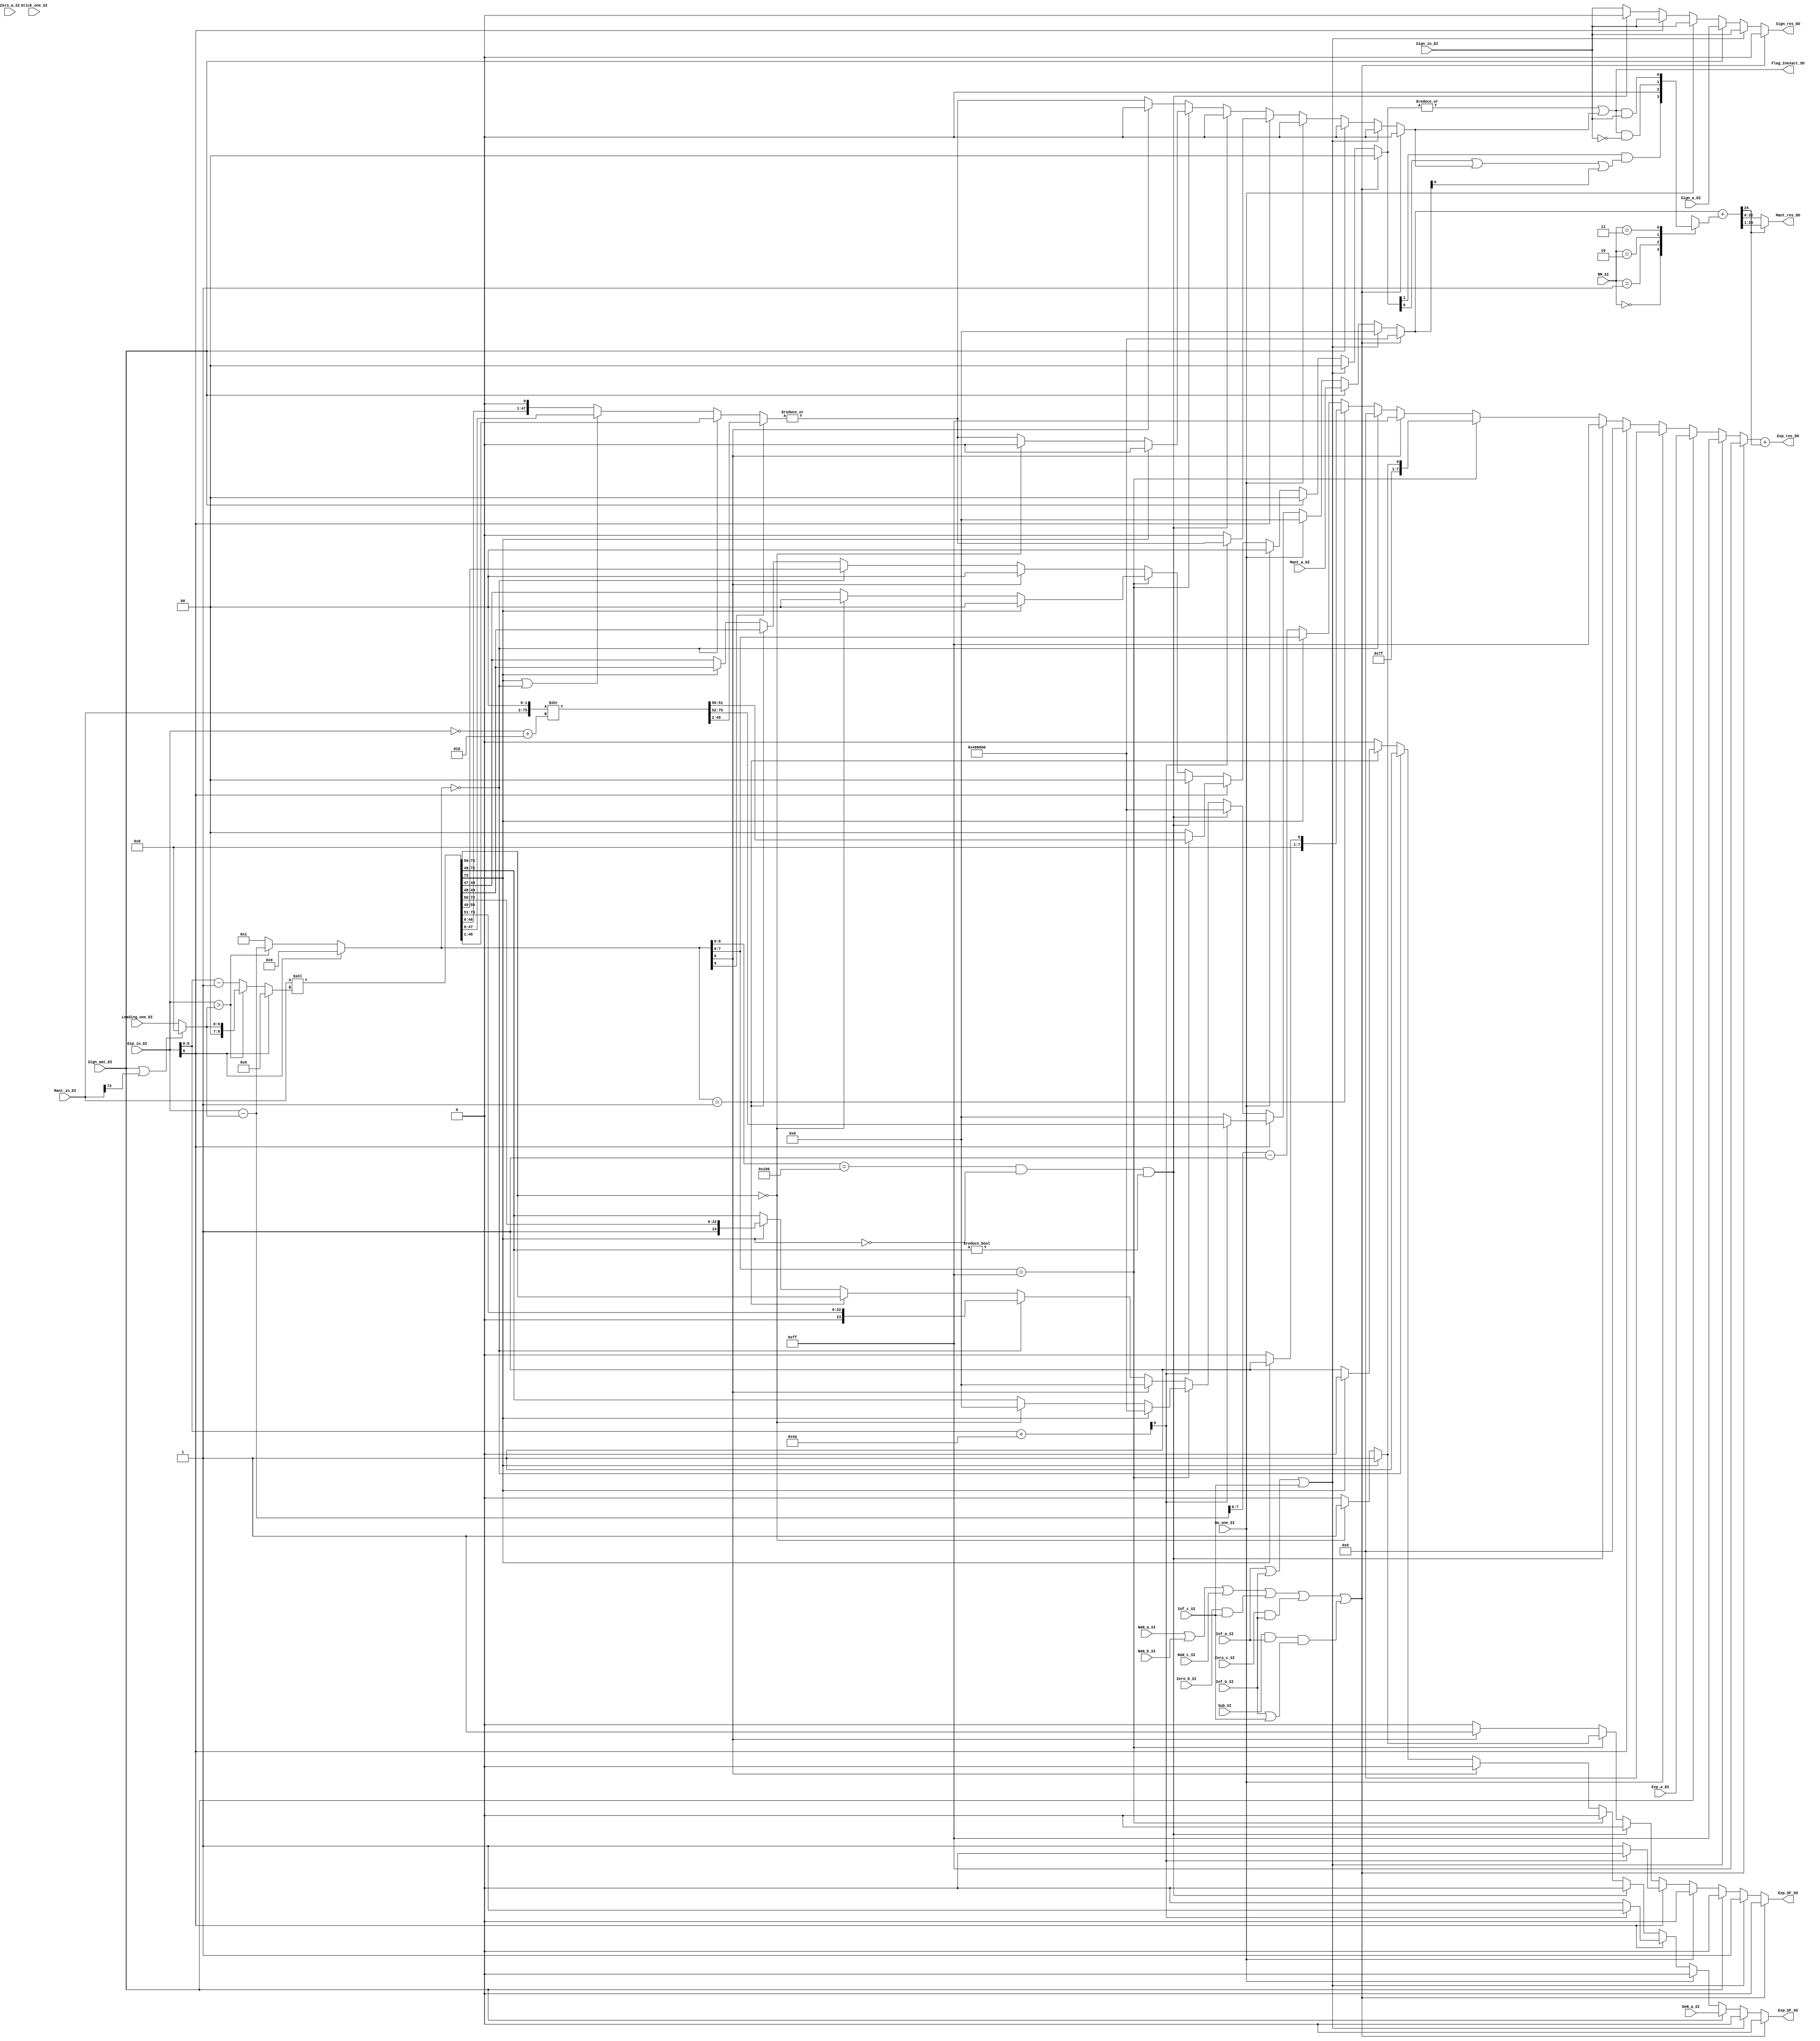
module fpu_norm_fmac (
	Mant_in_DI,
	Exp_in_DI,
	Sign_in_DI,
	Leading_one_DI,
	No_one_SI,
	Sign_amt_DI,
	Sub_SI,
	Exp_a_DI,
	Mant_a_DI,
	Sign_a_DI,
	DeN_a_SI,
	RM_SI,
	Stick_one_SI,
	Inf_a_SI,
	Inf_b_SI,
	Inf_c_SI,
	Zero_a_SI,
	Zero_b_SI,
	Zero_c_SI,
	NaN_a_SI,
	NaN_b_SI,
	NaN_c_SI,
	Mant_res_DO,
	Exp_res_DO,
	Sign_res_DO,
	Exp_OF_SO,
	Exp_UF_SO,
	Flag_Inexact_SO
);
parameter C_RM            = 2;
parameter C_RM_NEAREST    = 2'h0;
parameter C_RM_TRUNC      = 2'h1;
parameter C_RM_PLUSINF    = 2'h2;
parameter C_RM_MINUSINF   = 2'h3;
parameter C_PC            = 5;
parameter C_OP            = 32;
parameter C_MANT          = 23;
parameter C_EXP           = 8;
parameter C_BIAS          = 127;
parameter C_HALF_BIAS     = 63;
parameter C_LEADONE_WIDTH = 7;
parameter C_MANT_PRENORM  = C_MANT+1;
parameter C_EXP_ZERO      = 8'h00;
parameter C_EXP_ONE       = 8'h01;
parameter C_EXP_INF       = 8'hff;
parameter C_MANT_ZERO     = 23'h0;
parameter C_MANT_NAN      = 23'h400000;
	input wire [(3 * C_MANT) + 4:0] Mant_in_DI;
	input wire signed [C_EXP + 1:0] Exp_in_DI;
	input wire Sign_in_DI;
	input wire [C_LEADONE_WIDTH - 1:0] Leading_one_DI;
	input wire No_one_SI;
	input wire Sign_amt_DI;
	input wire Sub_SI;
	input wire [C_EXP - 1:0] Exp_a_DI;
	input wire [C_MANT:0] Mant_a_DI;
	input wire Sign_a_DI;
	input wire DeN_a_SI;
	input wire [C_RM - 1:0] RM_SI;
	input wire Stick_one_SI;
	input wire Inf_a_SI;
	input wire Inf_b_SI;
	input wire Inf_c_SI;
	input wire Zero_a_SI;
	input wire Zero_b_SI;
	input wire Zero_c_SI;
	input wire NaN_a_SI;
	input wire NaN_b_SI;
	input wire NaN_c_SI;
	output wire [C_MANT - 1:0] Mant_res_DO;
	output wire [C_EXP - 1:0] Exp_res_DO;
	output reg Sign_res_DO;
	output reg Exp_OF_SO;
	output reg Exp_UF_SO;
	output wire Flag_Inexact_SO;
	reg [C_MANT:0] Mant_res_norm_D;
	reg [C_EXP - 1:0] Exp_res_norm_D;
	reg [1:0] Mant_lower_D;
	wire Stick_one_HD;
	wire [(3 * C_MANT) + 4:0] Mant_postsft_D;
	wire [C_EXP + 1:0] Exp_postsft_D;
	wire [C_EXP + 1:0] Exp_postsft_addone_D;
	wire [C_LEADONE_WIDTH - 1:0] Leading_one_D;
	wire [C_EXP:0] LSt_Mant_D;
	assign Leading_one_D = (Sign_amt_DI | Mant_in_DI[(3 * C_MANT) + 4] ? 0 : Leading_one_DI);
	wire Exp_lg_S;
	assign Exp_lg_S = Exp_in_DI > Leading_one_D;
	assign LSt_Mant_D = (Exp_in_DI[C_EXP + 1] ? 0 : (Exp_lg_S ? Leading_one_D : Exp_in_DI[C_EXP:0] - 1));
	assign Mant_postsft_D = Mant_in_DI << LSt_Mant_D;
	assign Exp_postsft_D = (Exp_in_DI[C_EXP + 1] ? 0 : (Exp_lg_S ? Exp_in_DI - Leading_one_D : 1));
	assign Exp_postsft_addone_D = (Exp_in_DI - Leading_one_D) - 1;
	wire [C_EXP + 1:0] Exp_Max_RS_D;
	assign Exp_Max_RS_D = Exp_in_DI[C_EXP:0] + 74;
	wire [C_EXP + 1:0] Num_RS_D;
	assign Num_RS_D = ~Exp_in_DI + 2;
	wire [(3 * C_MANT) + 6:0] Mant_RS_D;
	assign Mant_RS_D = {Mant_in_DI, 1'b0, 1'b0} >> Num_RS_D;
	wire [(2 * C_MANT) + 1:0] Mant_StickCh_D;
	assign Mant_StickCh_D = (Exp_postsft_D[C_EXP + 1] ? Mant_RS_D[(2 * C_MANT) + 3:2] : (Exp_postsft_D[C_EXP + 1:0] == {((C_EXP + 1) >= 0 ? C_EXP + 2 : 1 - (C_EXP + 1)) {1'sb0}} ? Mant_postsft_D[(2 * C_MANT) + 2:1] : (Mant_postsft_D[(3 * C_MANT) + 4] | (Exp_postsft_D == 0) ? Mant_postsft_D[(2 * C_MANT) + 1:0] : {Mant_postsft_D[2 * C_MANT:0], 1'b0})));
	assign Stick_one_HD = |Mant_StickCh_D;
	wire Stick_one_D;
	assign Stick_one_D = Stick_one_HD;
	reg Mant_sticky_D;
	always @(*)
		if (((((NaN_a_SI | NaN_b_SI) | NaN_c_SI) | (Zero_b_SI && Inf_c_SI)) | (Zero_c_SI && Inf_b_SI)) | ((Sub_SI && Inf_a_SI) && (Inf_b_SI | Inf_c_SI))) begin
			Exp_OF_SO = 1'b0;
			Exp_UF_SO = 1'b0;
			Mant_res_norm_D = {1'b0, C_MANT_NAN};
			Exp_res_norm_D = 1'sb1;
			Mant_lower_D = 2'b00;
			Sign_res_DO = 1'b0;
			Mant_sticky_D = 1'b0;
		end
		else if ((Inf_a_SI | Inf_b_SI) | Inf_c_SI) begin
			Exp_OF_SO = 1'b1;
			Exp_UF_SO = 1'b0;
			Mant_res_norm_D = 1'sb0;
			Exp_res_norm_D = 1'sb1;
			Mant_lower_D = 2'b00;
			Sign_res_DO = Sign_in_DI;
			Mant_sticky_D = 1'b0;
		end
		else if (Sign_amt_DI) begin
			Exp_OF_SO = 1'b0;
			Exp_UF_SO = DeN_a_SI;
			Mant_res_norm_D = Mant_a_DI;
			Exp_res_norm_D = Exp_a_DI;
			Mant_lower_D = 2'b00;
			Sign_res_DO = Sign_a_DI;
			Mant_sticky_D = 1'b0;
		end
		else if (No_one_SI) begin
			Exp_OF_SO = 1'b0;
			Exp_UF_SO = 1'b0;
			Mant_res_norm_D = 1'sb0;
			Exp_res_norm_D = 1'sb0;
			Mant_lower_D = 2'b00;
			Sign_res_DO = Sign_in_DI;
			Mant_sticky_D = 1'b0;
		end
		else if (Exp_in_DI[C_EXP + 1]) begin
			if (~Exp_Max_RS_D[C_EXP + 1]) begin
				Exp_OF_SO = 1'b1;
				Exp_UF_SO = 1'b0;
				Mant_res_norm_D = 1'sb0;
				Exp_res_norm_D = 1'sb0;
				Mant_lower_D = 2'b00;
				Sign_res_DO = Sign_in_DI;
				Mant_sticky_D = 1'b0;
			end
			else begin
				Exp_OF_SO = 1'b0;
				Exp_UF_SO = 1'b1;
				Mant_res_norm_D = {1'b0, Mant_RS_D[(3 * C_MANT) + 6:(2 * C_MANT) + 6]};
				Exp_res_norm_D = 1'sb0;
				Mant_lower_D = Mant_RS_D[(2 * C_MANT) + 5:(2 * C_MANT) + 4];
				Sign_res_DO = Sign_in_DI;
				Mant_sticky_D = Stick_one_D;
			end
		end
		else if (((Exp_postsft_D[C_EXP:0] == 256) && ~Mant_postsft_D[(3 * C_MANT) + 4]) && (Mant_postsft_D[(3 * C_MANT) + 3:(2 * C_MANT) + 3] != {(((3 * C_MANT) + 3) >= ((2 * C_MANT) + 3) ? (((3 * C_MANT) + 3) - ((2 * C_MANT) + 3)) + 1 : (((2 * C_MANT) + 3) - ((3 * C_MANT) + 3)) + 1) {1'sb0}})) begin
			Exp_OF_SO = 1'b0;
			Exp_UF_SO = 1'b0;
			Mant_res_norm_D = {1'b0, C_MANT_NAN};
			Exp_res_norm_D = 1'sb1;
			Mant_lower_D = 2'b00;
			Sign_res_DO = 1'b0;
			Mant_sticky_D = 1'b0;
		end
		else if (Exp_postsft_D[C_EXP - 1:0] == {C_EXP {1'sb1}}) begin
			if (Mant_postsft_D[(3 * C_MANT) + 4]) begin
				Exp_OF_SO = 1'b1;
				Exp_UF_SO = 1'b0;
				Mant_res_norm_D = {1'b0, C_MANT_NAN};
				Exp_res_norm_D = 1'sb1;
				Mant_lower_D = 2'b00;
				Sign_res_DO = Sign_in_DI;
				Mant_sticky_D = 1'b0;
			end
			else if (Mant_postsft_D[(3 * C_MANT) + 4:(2 * C_MANT) + 4] == {(((3 * C_MANT) + 4) >= ((2 * C_MANT) + 4) ? (((3 * C_MANT) + 4) - ((2 * C_MANT) + 4)) + 1 : (((2 * C_MANT) + 4) - ((3 * C_MANT) + 4)) + 1) {1'sb0}}) begin
				Exp_OF_SO = 1'b1;
				Exp_UF_SO = 1'b0;
				Mant_res_norm_D = 1'sb0;
				Exp_res_norm_D = 1'sb1;
				Mant_lower_D = 2'b00;
				Sign_res_DO = Sign_in_DI;
				Mant_sticky_D = 1'b0;
			end
			else begin
				Exp_OF_SO = 1'b0;
				Exp_UF_SO = 1'b0;
				Mant_res_norm_D = Mant_postsft_D[(3 * C_MANT) + 3:(2 * C_MANT) + 3];
				Exp_res_norm_D = 254;
				Mant_lower_D = Mant_postsft_D[(2 * C_MANT) + 2:(2 * C_MANT) + 1];
				Sign_res_DO = Sign_in_DI;
				Mant_sticky_D = Stick_one_D;
			end
		end
		else if (Exp_postsft_D[C_EXP]) begin
			Exp_OF_SO = 1'b1;
			Exp_UF_SO = 1'b0;
			Mant_res_norm_D = 1'sb0;
			Exp_res_norm_D = 1'sb1;
			Mant_lower_D = 2'b00;
			Sign_res_DO = Sign_in_DI;
			Mant_sticky_D = 1'b0;
		end
		else if (Exp_postsft_D[C_EXP + 1:0] == {((C_EXP + 1) >= 0 ? C_EXP + 2 : 1 - (C_EXP + 1)) {1'sb0}}) begin
			Exp_OF_SO = 1'b0;
			Exp_UF_SO = 1'b1;
			Mant_res_norm_D = {1'b0, Mant_postsft_D[(3 * C_MANT) + 4:(2 * C_MANT) + 5]};
			Exp_res_norm_D = 1'sb0;
			Mant_lower_D = Mant_postsft_D[(2 * C_MANT) + 4:(2 * C_MANT) + 3];
			Sign_res_DO = Sign_in_DI;
			Mant_sticky_D = Stick_one_D;
		end
		else if (Exp_postsft_D[C_EXP + 1:0] == 1) begin
			if (Mant_postsft_D[(3 * C_MANT) + 4]) begin
				Exp_OF_SO = 1'b0;
				Exp_UF_SO = 1'b0;
				Mant_res_norm_D = {Mant_postsft_D[(3 * C_MANT) + 4:(2 * C_MANT) + 4]};
				Exp_res_norm_D = 1;
				Mant_lower_D = Mant_postsft_D[(2 * C_MANT) + 3:(2 * C_MANT) + 2];
				Sign_res_DO = Sign_in_DI;
				Mant_sticky_D = Stick_one_D;
			end
			else begin
				Exp_OF_SO = 1'b0;
				Exp_UF_SO = 1'b1;
				Mant_res_norm_D = {Mant_postsft_D[(3 * C_MANT) + 4:(2 * C_MANT) + 4]};
				Exp_res_norm_D = 1'sb0;
				Mant_lower_D = Mant_postsft_D[(2 * C_MANT) + 3:(2 * C_MANT) + 2];
				Sign_res_DO = Sign_in_DI;
				Mant_sticky_D = Stick_one_D;
			end
		end
		else if (~Mant_postsft_D[(3 * C_MANT) + 4]) begin
			Exp_OF_SO = 1'b0;
			Exp_UF_SO = 1'b0;
			Mant_res_norm_D = Mant_postsft_D[(3 * C_MANT) + 3:(2 * C_MANT) + 3];
			Exp_res_norm_D = Exp_postsft_addone_D[C_EXP - 1:0];
			Mant_lower_D = Mant_postsft_D[(2 * C_MANT) + 2:(2 * C_MANT) + 1];
			Sign_res_DO = Sign_in_DI;
			Mant_sticky_D = Stick_one_D;
		end
		else begin
			Exp_OF_SO = 1'b0;
			Exp_UF_SO = 1'b0;
			Mant_res_norm_D = Mant_postsft_D[(3 * C_MANT) + 4:(2 * C_MANT) + 4];
			Exp_res_norm_D = Exp_postsft_D[C_EXP - 1:0];
			Mant_lower_D = Mant_postsft_D[(2 * C_MANT) + 3:(2 * C_MANT) + 2];
			Sign_res_DO = Sign_in_DI;
			Mant_sticky_D = Stick_one_D;
		end
	wire [C_MANT:0] Mant_upper_D;
	wire [C_MANT + 1:0] Mant_upperRounded_D;
	reg Mant_roundUp_S;
	wire Mant_rounded_S;
	assign Mant_upper_D = Mant_res_norm_D;
	assign Flag_Inexact_SO = Mant_rounded_S;
	assign Mant_rounded_S = |Mant_lower_D | Mant_sticky_D;
	always @(*) begin
		Mant_roundUp_S = 1'b0;
		case (RM_SI)
			C_RM_NEAREST: Mant_roundUp_S = Mant_lower_D[1] && ((Mant_lower_D[0] | Mant_sticky_D) || Mant_upper_D[0]);
			C_RM_TRUNC: Mant_roundUp_S = 0;
			C_RM_PLUSINF: Mant_roundUp_S = Mant_rounded_S & ~Sign_in_DI;
			C_RM_MINUSINF: Mant_roundUp_S = Mant_rounded_S & Sign_in_DI;
			default: Mant_roundUp_S = 0;
		endcase
	end
	wire Mant_renorm_S;
	assign Mant_upperRounded_D = Mant_upper_D + Mant_roundUp_S;
	assign Mant_renorm_S = Mant_upperRounded_D[C_MANT + 1];
	wire Rounded_SO;
	assign Mant_res_DO = (Mant_renorm_S ? Mant_upperRounded_D[C_MANT:1] : Mant_upperRounded_D[C_MANT - 1:0]);
	assign Exp_res_DO = Exp_res_norm_D + Mant_renorm_S;
	assign Rounded_SO = Mant_rounded_S;
endmodule